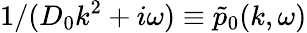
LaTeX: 1/(D_{0}k^{2}+i\omega)\equiv\tilde{p}_{0}(k,\omega)